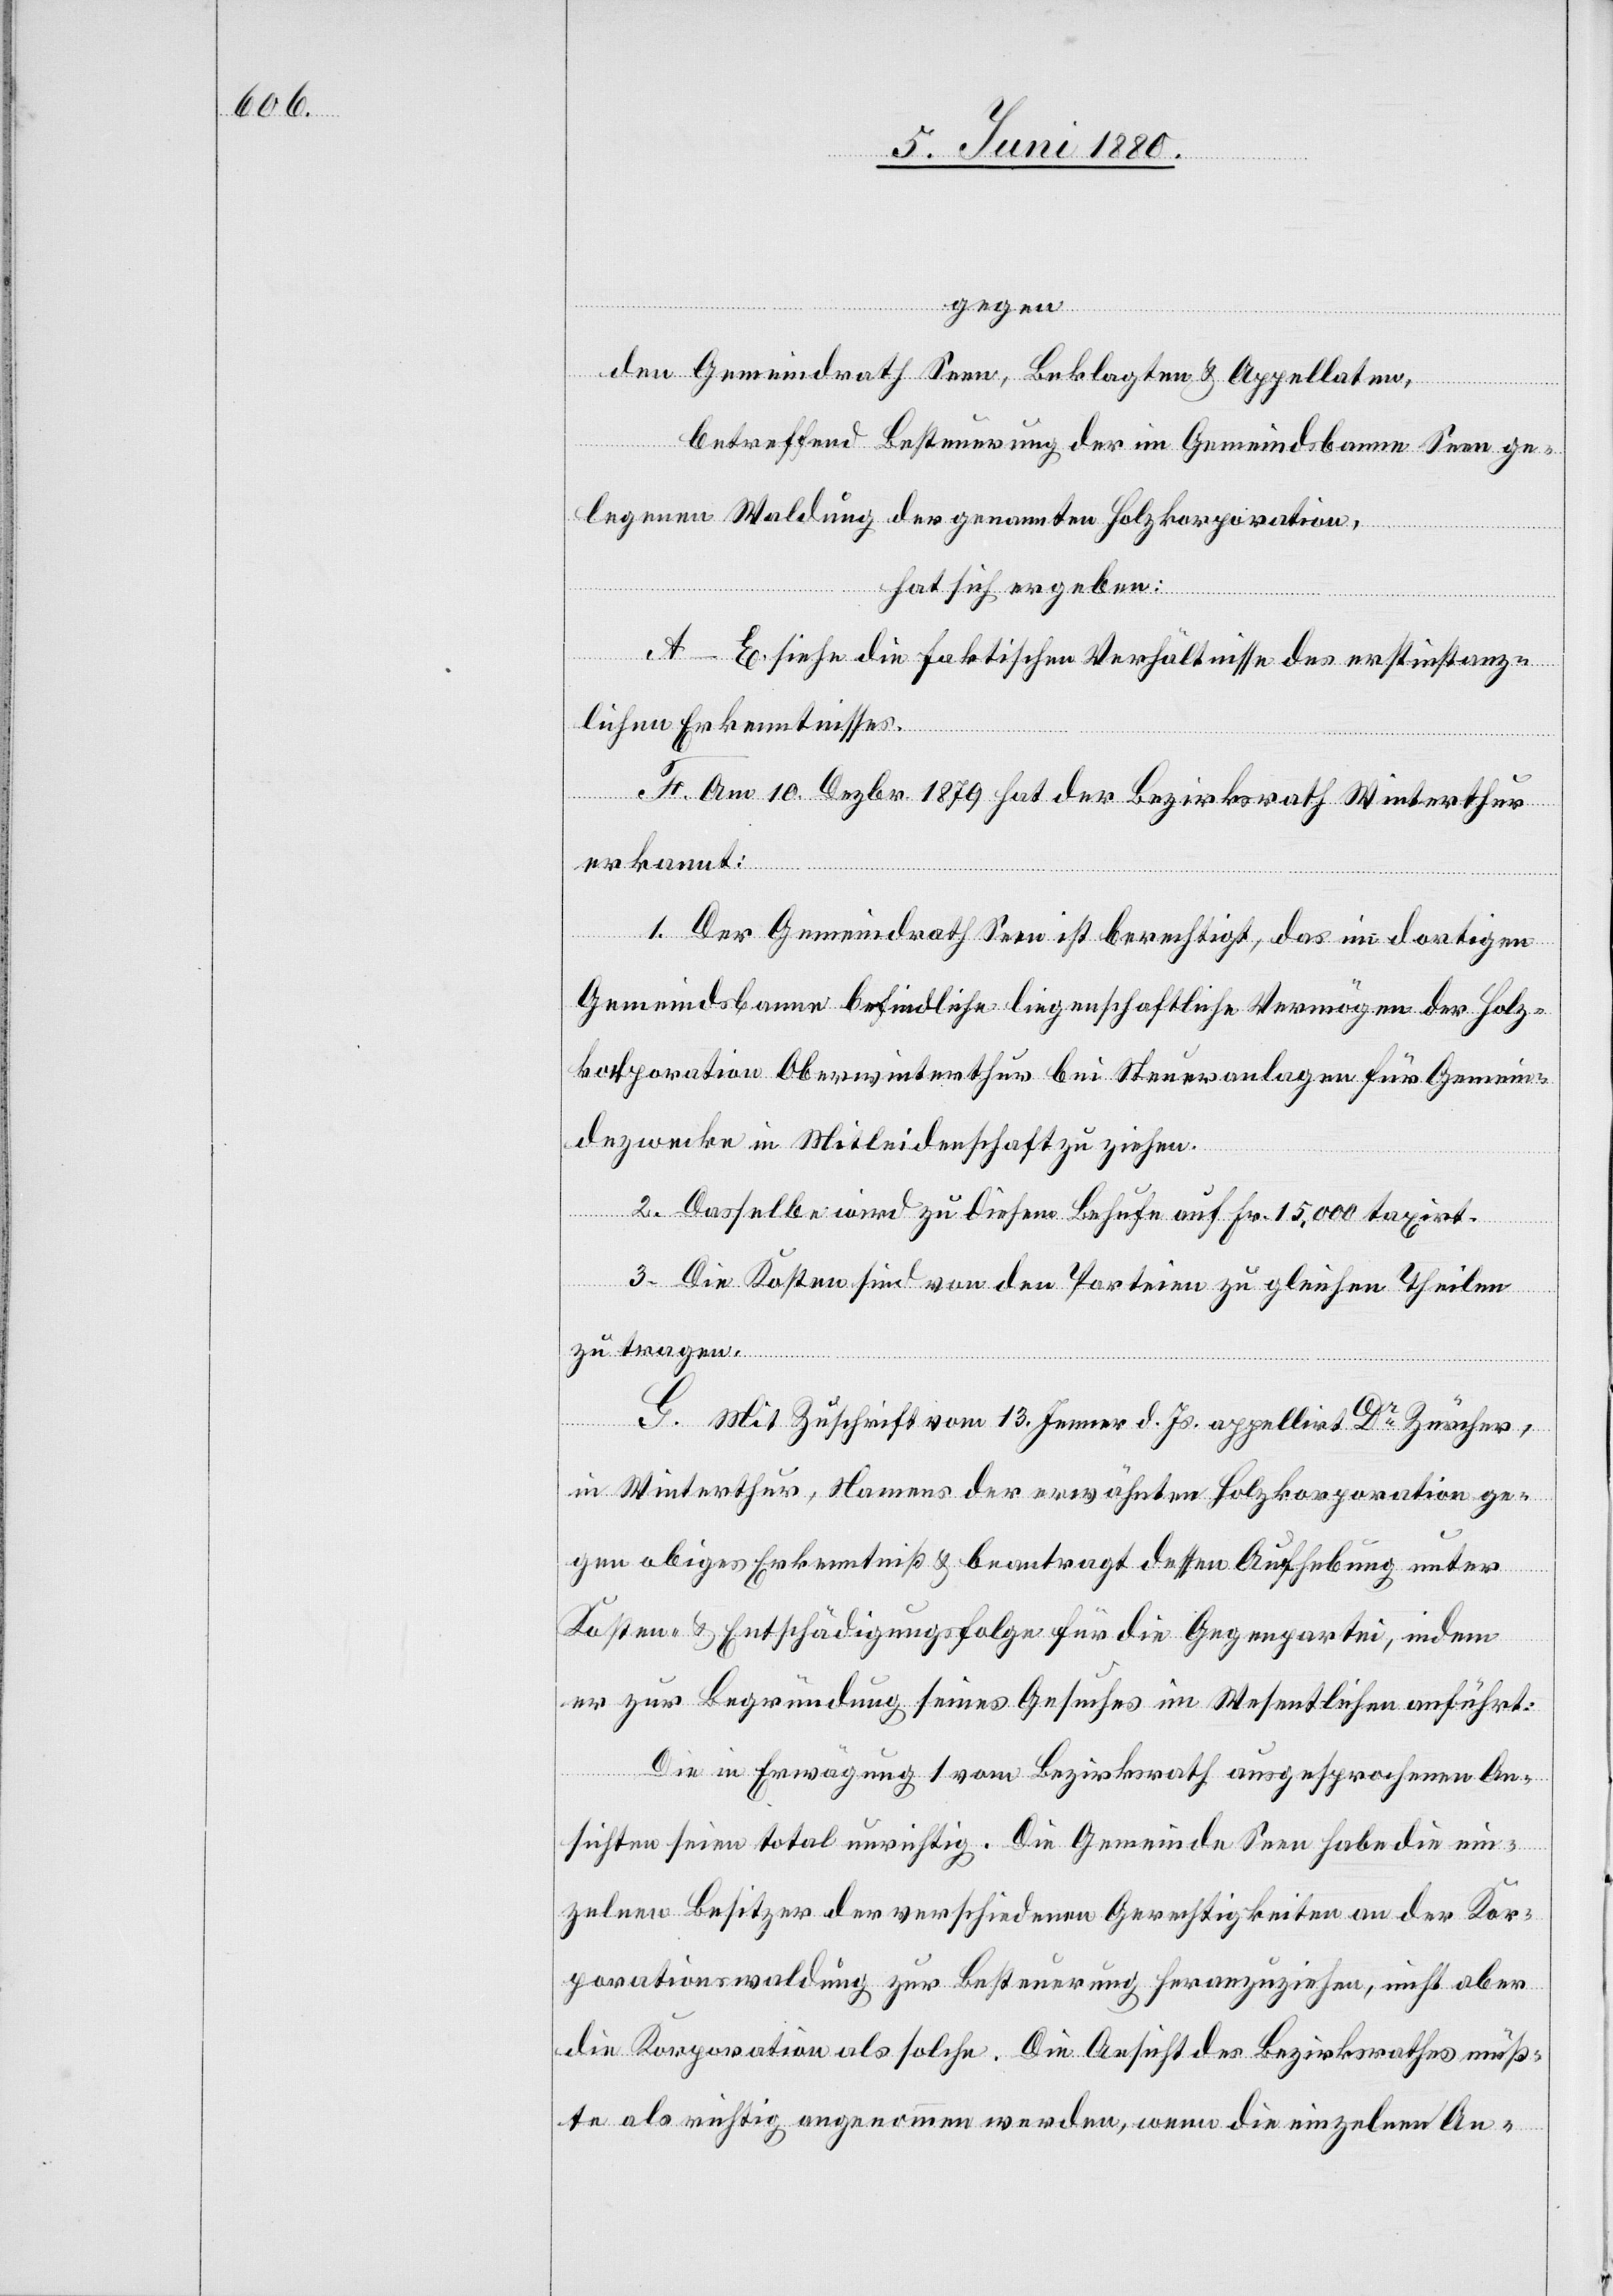
gegen
den Gemeindrath Seen, Beklagten & Appellaten,
betreffend Besteuerung der im Gemeindsbanne Seen ge¬
legenen Waldung der genannten Holzkorporation,
hat sich ergeben:
A–E siehe die faktischen Verhältnisse des erstinstanz¬
lichen Erkenntnisses.
F. Am 10. Dezbr. 1879 hat der Bezirksrath Winterthur
erkannt:
1. Der Gemeindrath Seen ist berechtigt, das im dortigen
Gemeindsbanne befindliche liegenschaftliche Vermögen der Holz¬
korporation Oberwinterthur bei Steueranlagen für Gemein¬
dezwecke in Mitleidenschaft zu ziehen.
2. Dasselbe wird zu diesem Behufe auf Fr. 15,000 taxirt.
3. Die Kosten sind von den Parteien zu gleichen Theilen
zu tragen.
G. Mit Zuschrift vom 13. Jenner d. Js. appellirt Dr Zürcher,
in Winterthur, Namens der erwähnten Holzkorporation ge¬
gen obiges Erkenntniß & beantragt dessen Aufhebung unter
Kosten- & Entschädigungsfolge für die Gegenpartei, indem
er zur Begründung seines Gesuches im Wesentlichen anführt:
Die in Erwägung 1 vom Bezirksrath ausgesprochenen An¬
sichten seien total unrichtig. Die Gemeinde Seen habe die ein¬
zelnen Besitzer der verschiedenen Gerechtigkeiten an der Kor¬
porationswaldung zur Besteuerung heranzuziehen, nicht aber
die Korporation als solche. Die Ansicht des Bezirksrathes müß¬
te als richtig angenommen werden, wenn die einzelnen An-